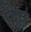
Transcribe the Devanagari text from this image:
पेह